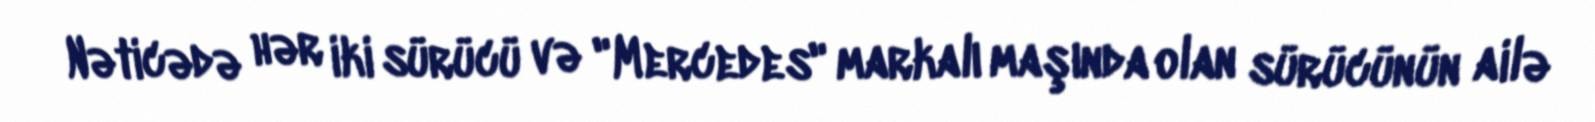
Nəticədə hər iki sürücü və "Mercedes" markalı maşında olan sürücünün ailə